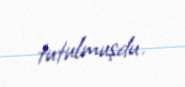
tutulmuşdu.